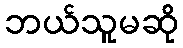
ဘယ်သူမဆို